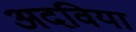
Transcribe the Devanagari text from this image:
अदविया